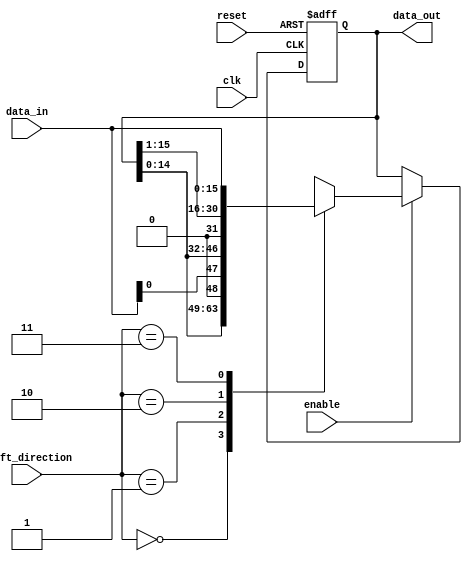
module shift_reg3 (
  input clk,
  input reset,
  input enable,
  input [15:0] data_in,
  input [1:0] shift_direction,
  output reg [15:0] data_out
);

reg [15:0] shift_reg;

always @(posedge clk or posedge reset) begin
  if (reset) begin
    shift_reg <= 16'h0000;
  end else if (enable) begin
    case (shift_direction)
      2'b00: shift_reg <= {shift_reg[14:0], 1'b0};
      2'b01: shift_reg <= {data_in, shift_reg[14:0]};
      2'b10: shift_reg <= {1'b0, shift_reg[15:1]};
      2'b11: shift_reg <= {shift_reg[15:1], data_in};
    endcase
  end
end

assign data_out = shift_reg;

endmodule